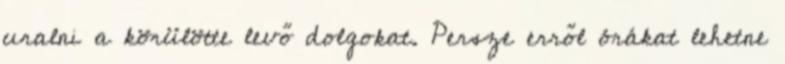
uralni a körülötte levő dolgokat. Persze erről órákat lehetne